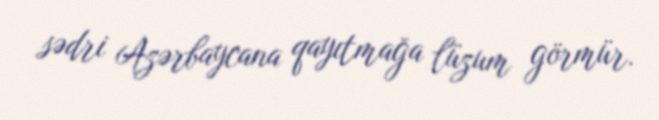
sədri Azərbaycana qayıtmağa lüzum görmür.